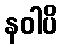
နဝါပိ